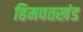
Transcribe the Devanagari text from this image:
हिमवतखंड